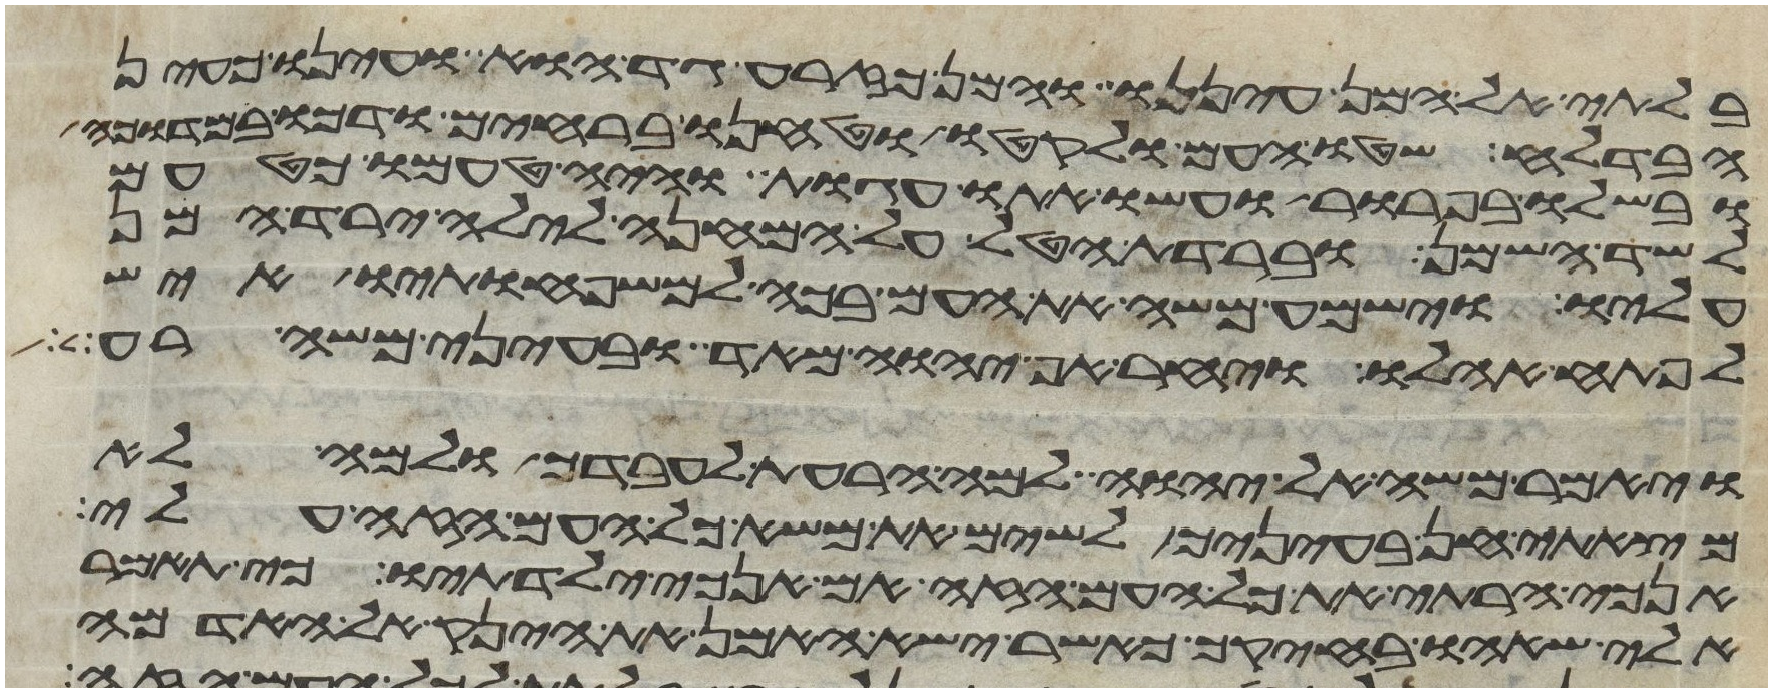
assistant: בלתי אל המן עיננו והמן כזרע גד הוא ועינו כעין
הבדלח שטו העם ולקטו וטחנו ברחים ודכו במדוכה
ובשלו בפרור ועשו אתו עגות והיה טעמו כטעם
לשד השמן וברדת הטל על המחנה לילה ירד המן
עליו וישמע משה את העם בכה למשפחתיו איש
לפתח אהלו ויחר אף יהוה מאד ובעיני משה רע
ויאמר משה אל יהוה למה הרעת לעבדך ולמה לא
מצאתי חן בעיניך לשים את משא כל העם הזה עלי
האנכי הרתי את כל העם הזה אם אנכי ילדתיו כי תאמר
אלי שאהו בחיקך כאשר ישא האמן את הינק אל האדמה